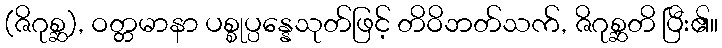
(ဇိဂုစ္ဆ), ဝတ္တမာနာ ပစ္စုပ္ပန္နေသုတ်ဖြင့် တိဝိဘတ်သက်, ဇိဂုစ္ဆတိ ပြီး၏။